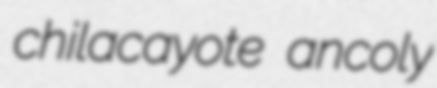
chilacayote ancoly